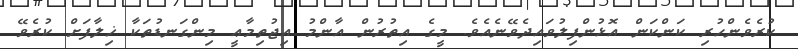
ކުރެވެންހުރި ކަންކަން އޮޅުންފިލުވައިދެވޭނެއެވެ. މީގެ އިތުރުން އާންމު އިޖުތިމާޢީ މިންގަނޑުތަކާ ޚިލާފަށް ކުރެވޭ